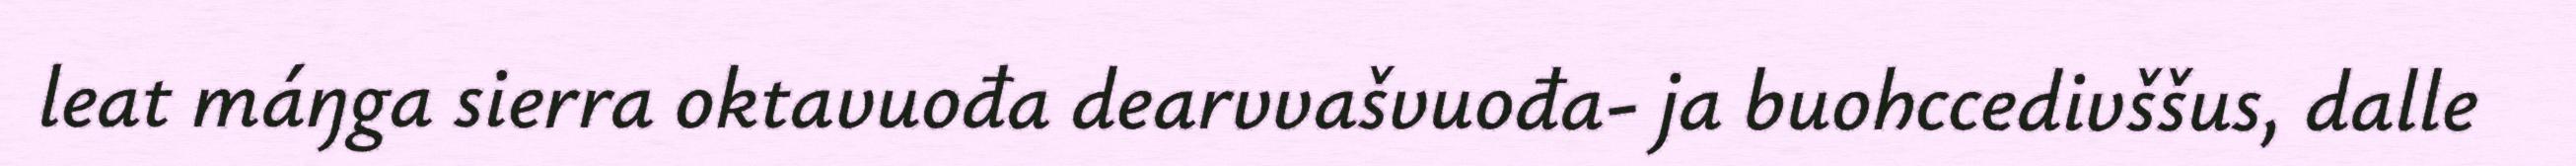
leat máŋga sierra oktavuođa dearvvašvuođa- ja buohccedivššus, dalle